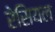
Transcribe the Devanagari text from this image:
रेसियल